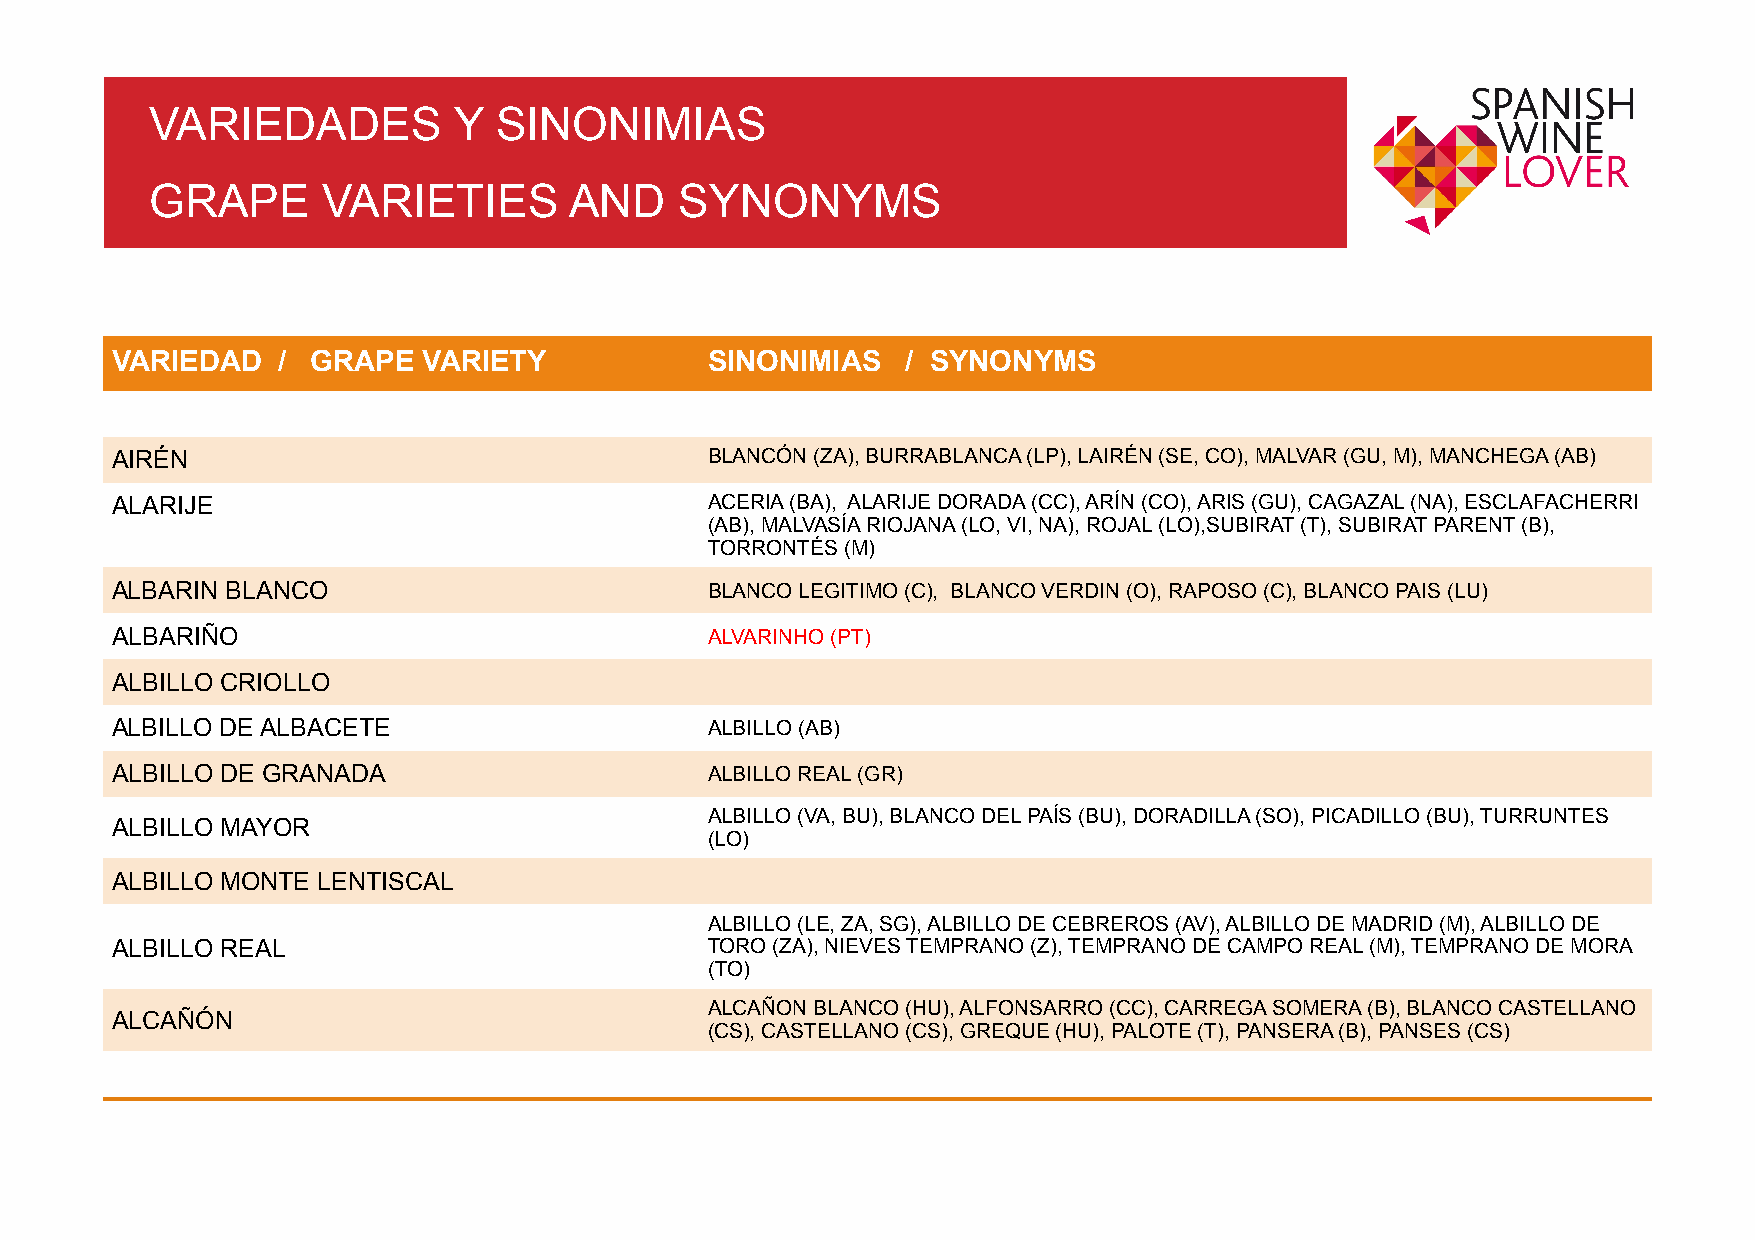
!                                                              ! !    !    !    !    !    !    !
 VARIEDADES          Y  SINONIMIAS
 !
 GRAPE      VARIETIES        AND    SYNONYMS
 !
 VARIEDAD   /  GRAPE  VARIETY            SINONIMIAS   / SYNONYMS
 AIRÉN                                   BLANCÓN (ZA), BURRABLANCA (LP), LAIRÉN (SE, CO), MALVAR (GU, M), MANCHEGA (AB)
 ALARIJE                                 ACERIA (BA), ALARIJE DORADA (CC), ARÍN (CO), ARIS (GU), CAGAZAL (NA), ESCLAFACHERRI
 (AB), MALVASÍA RIOJANA (LO, VI, NA), ROJAL (LO),SUBIRAT (T), SUBIRAT PARENT (B),
 TORRONTÉS (M)
 ALBARIN BLANCO                          BLANCO LEGITIMO (C), BLANCO VERDIN (O), RAPOSO (C), BLANCO PAIS (LU)
 ALBARIÑO                                ALVARINHO (PT)
 ALBILLO CRIOLLO
 ALBILLO DE ALBACETE                     ALBILLO (AB)
 ALBILLO DE GRANADA                      ALBILLO REAL (GR)
 ALBILLO (VA, BU), BLANCO DEL PAÍS (BU), DORADILLA (SO), PICADILLO (BU), TURRUNTES
 ALBILLO MAYOR
 (LO)
 ALBILLO MONTE LENTISCAL
 ALBILLO (LE, ZA, SG), ALBILLO DE CEBREROS (AV), ALBILLO DE MADRID (M), ALBILLO DE
 ALBILLO REAL                            TORO (ZA), NIEVES TEMPRANO (Z), TEMPRANO DE CAMPO REAL (M), TEMPRANO DE MORA
 (TO)
 ALCAÑON BLANCO (HU), ALFONSARRO (CC), CARREGA SOMERA (B), BLANCO CASTELLANO
 ALCAÑÓN
 (CS), CASTELLANO (CS), GREQUE (HU), PALOTE (T), PANSERA (B), PANSES (CS)